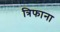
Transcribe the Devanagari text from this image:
त्रिफाना